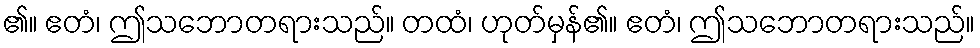
၏။ ဧတံ၊ ဤသဘောတရားသည်။ တထံ၊ ဟုတ်မှန်၏။ ဧတံ၊ ဤသဘောတရားသည်။